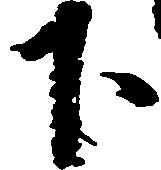
下